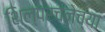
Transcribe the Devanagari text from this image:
शिल्परचनेच्या